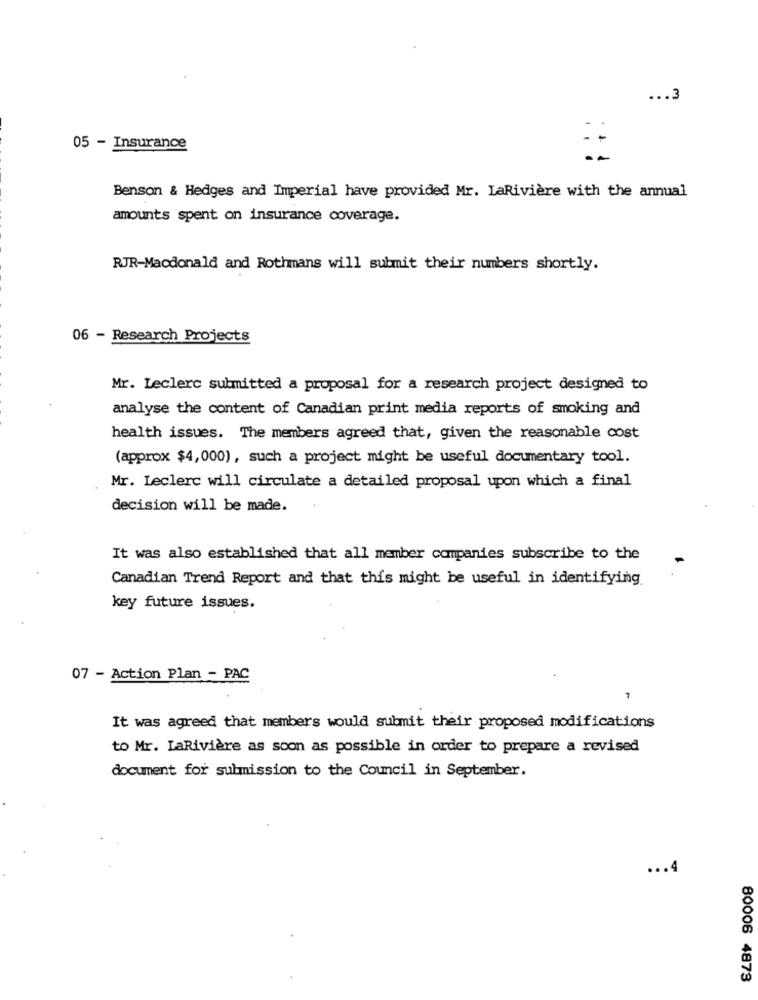
... 3
05 - Insurance
Benson & Hedges and Imperial have provided Mr. LaRiviere with the annual
amounts spent on insurance coverage.
RJR-Macdonald and Rothmans will submit their numbers shortly.
06 - Research Projects
Mr. Leclerc submitted a proposal for a research project designed to
analyse the content of Canadian print media reports of smoking and
health issues. The members agreed that, given the reasonable cost
(approx $4,000), such a project might be useful documentary tool.
Mr. Leclerc will circulate a detailed proposal upon which a final
decision will be made.
It was also established that all member companies subscribe to the
Canadian Trend Report and that this might be useful in identifying.
key future issues.
07 - Action Plan - PAC
7
It was agreed that members would submit their proposed modifications
to Mr. LaRivière as soon as possible in order to prepare a revised
document for submission to the Council in September.
... 4
80006 4873